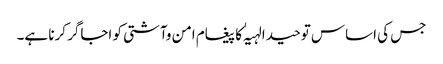
جس کی اساس توحید الہیہٰ کا پیغام امن وآشتی کو اجاگر کرنا ہے۔